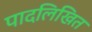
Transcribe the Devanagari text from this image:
पादलिखित